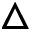
\triangle